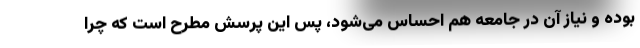
بوده و نیاز آن در جامعه هم احساس می‌شود، پس این پرسش مطرح است که چرا